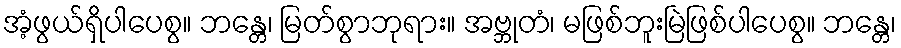
အံ့ဖွယ်ရှိပါပေစွ။ ဘန္တေ၊ မြတ်စွာဘုရား။ အဗ္ဘုတံ၊ မဖြစ်ဘူးမြဲဖြစ်ပါပေစွ။ ဘန္တေ၊